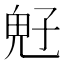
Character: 𩲇